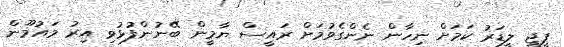
ޕީޖީ ލީޑަރު ކަމަށް ނިހާން ނެންގެވުމަށް ރައީސް ޔާމީން ބޭނުންފުޅުވި އިރު މައުމޫން